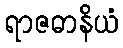
ရာဇဓာနိယံ